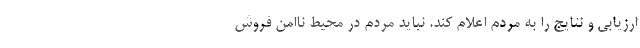
ارزیابی و نتایج را به مردم اعلام کند. نباید مردم در محیط ناامن فروش